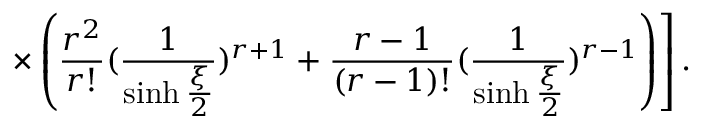
\left. \times \left( \frac { r ^ { 2 } } { r ! } ( \frac { 1 } { \sinh { \frac { \xi } { 2 } } } ) ^ { r + 1 } + \frac { r - 1 } { ( r - 1 ) ! } ( \frac { 1 } { \sinh { \frac { \xi } { 2 } } } ) ^ { r - 1 } \right) \right] .